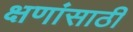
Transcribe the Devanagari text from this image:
क्षणांसाठी